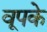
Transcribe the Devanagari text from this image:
वूपके